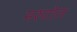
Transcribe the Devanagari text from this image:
मरुटोल